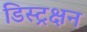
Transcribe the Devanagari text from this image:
डिस्ट्रक्षन